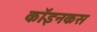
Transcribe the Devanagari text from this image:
कॉइनकस